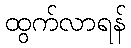
ထွက်လာရန်